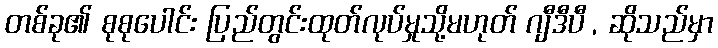
တစ်ခု၏ စုစုပေါင်း ပြည်တွင်းထုတ်လုပ်မှုသို့မဟုတ် ဂျီဒီပီ , ဆိုသည်မှာ